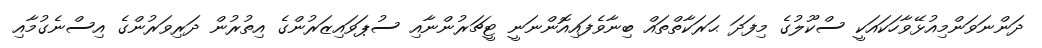
ދަންނަވަންމިއުޅޭވާހަކައަކީ ސްކޫލުގެ މިފަދަ ޙަރަކާތްތައް ބިނާވެފައިއޮންނަނީ ޓީޗަރުންނާއި ސުޕަވައިޒަރުންގެ އިތުރުން ދަރިވަރުންގެ އިސްނެގުމާއި